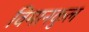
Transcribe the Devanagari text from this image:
विमानकुल